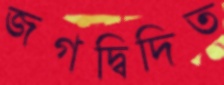
জগদ্বিদিত